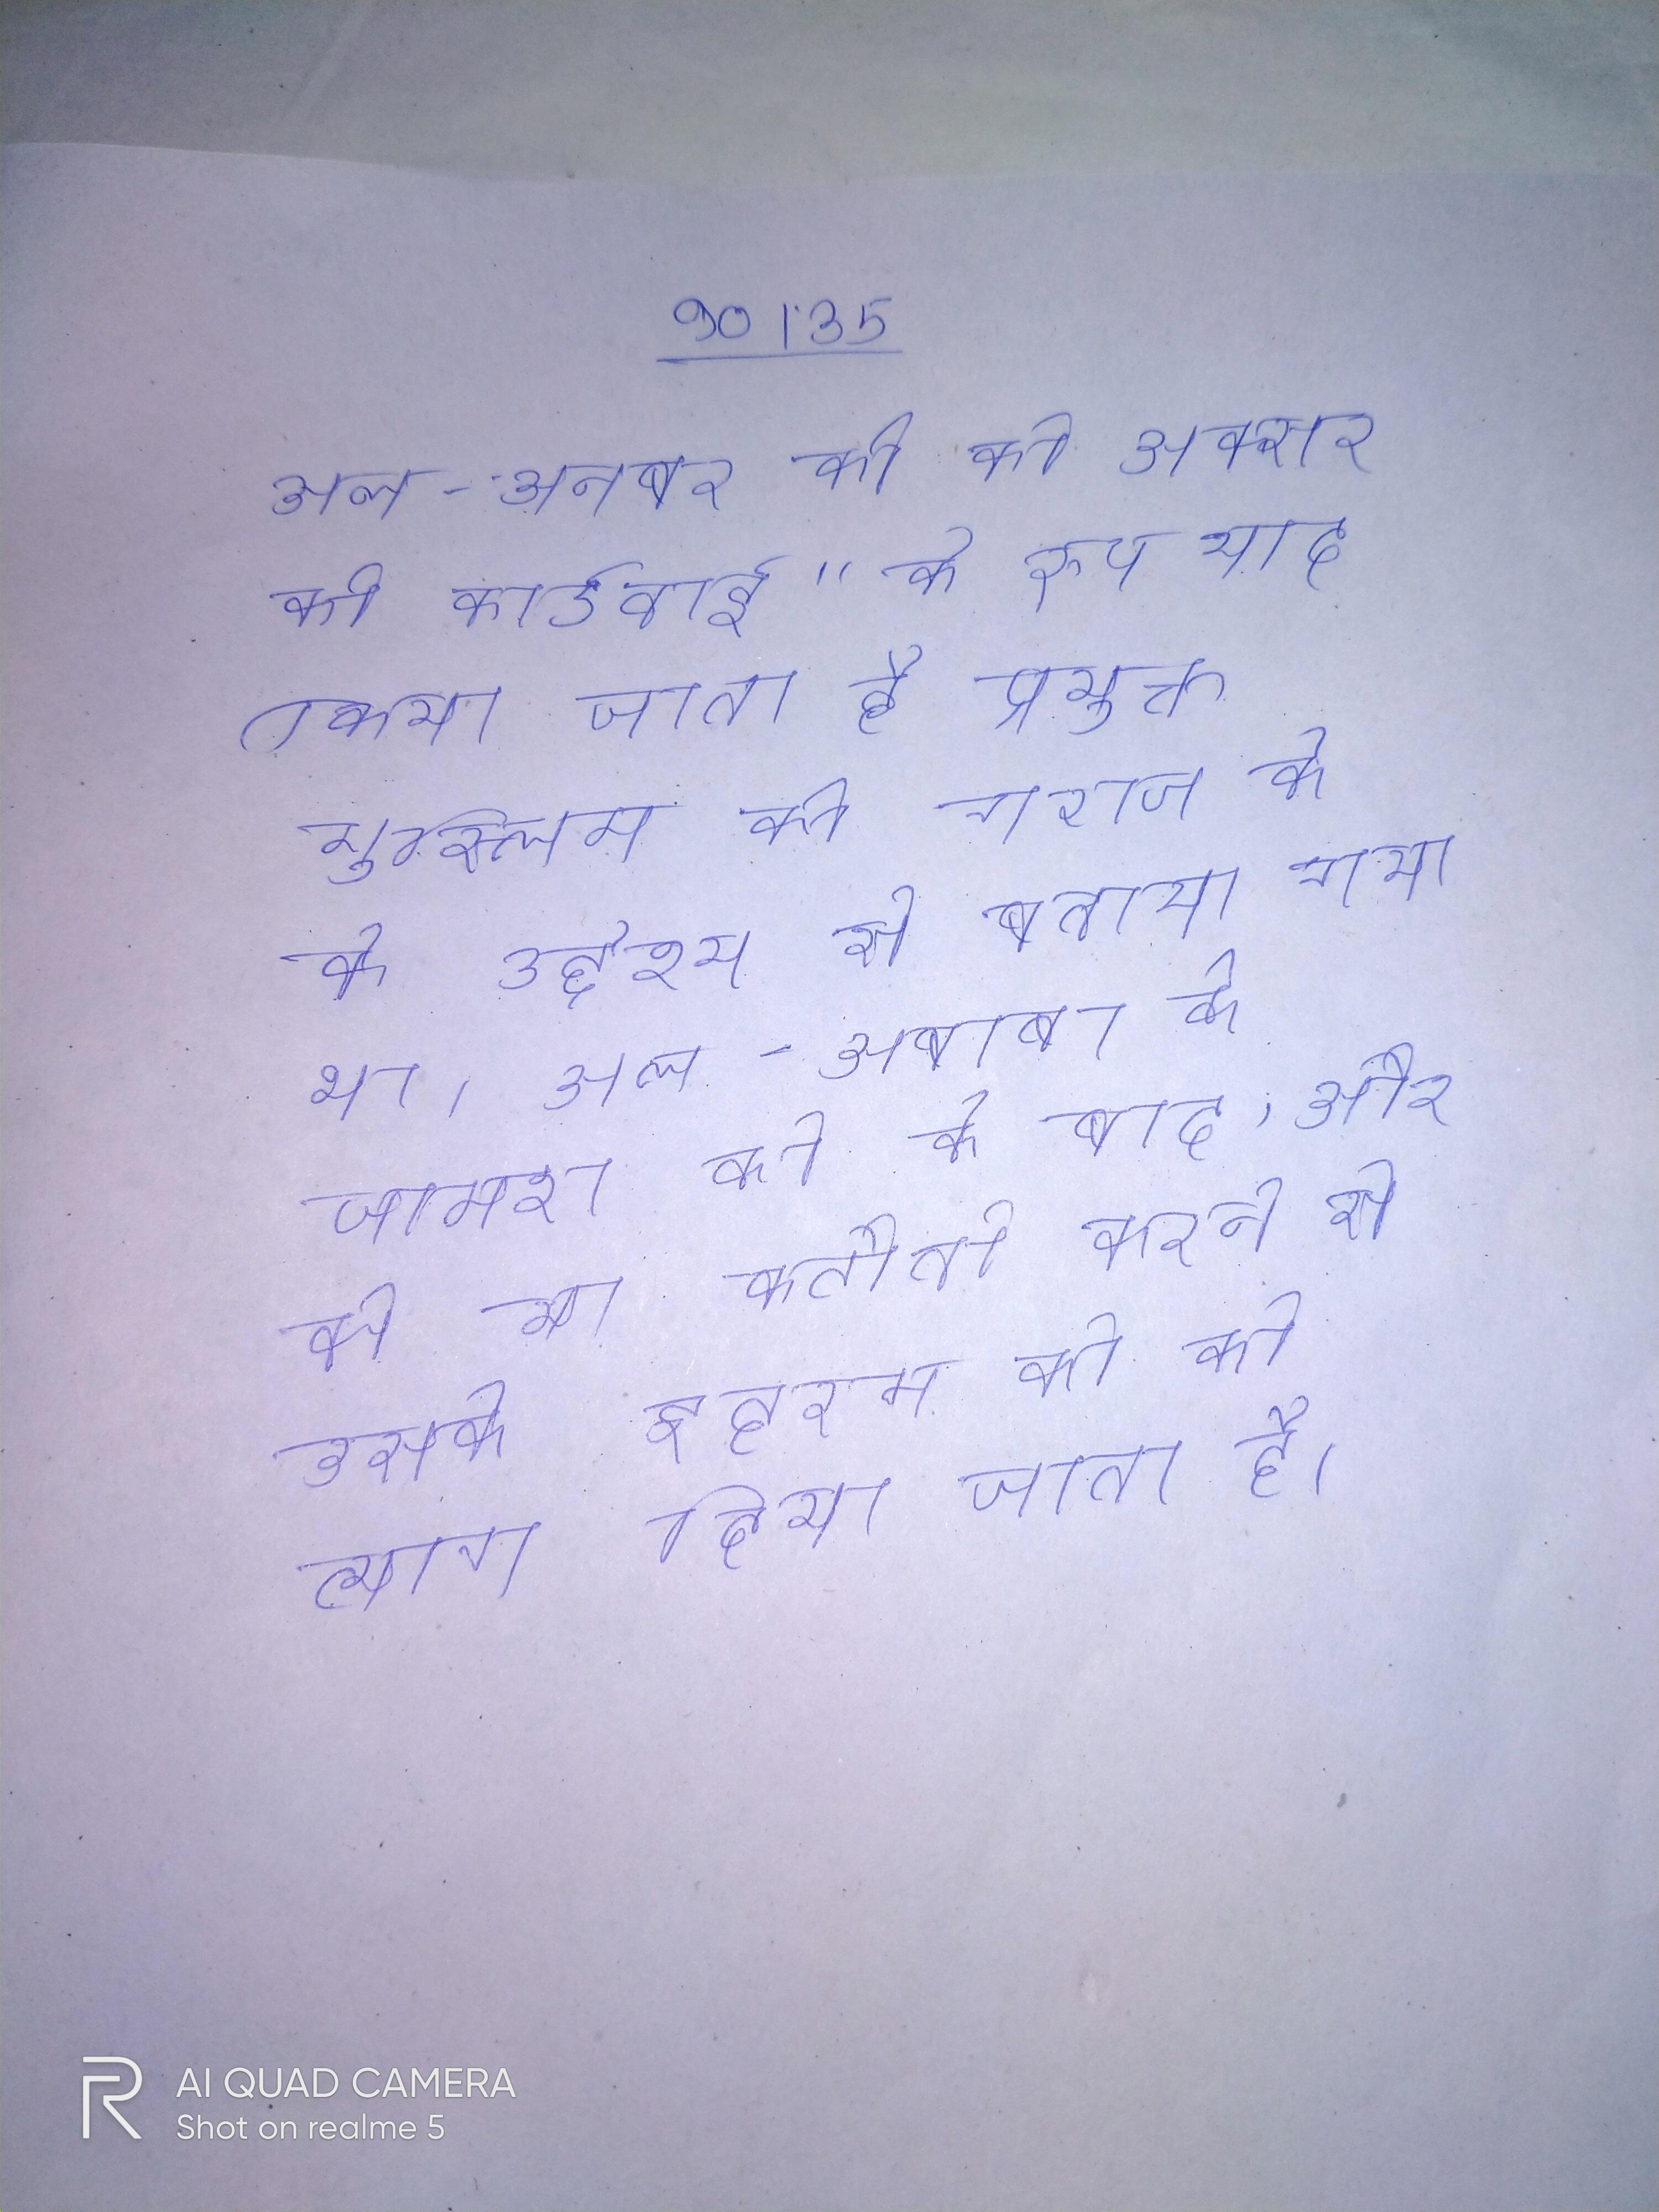
अल-अनबर की को अक्सर की कार्रवाई" के रूप याद किया जाता है प्रयुक्त मुस्लिम को गराज के के उद्देश्य से बताया गया था । अल-अबाबा के जामरा को के बाद, और को या कटौती करने से उसके इहरम को को त्याग दिया जाता है ।